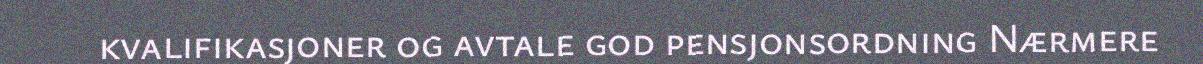
kvalifikasjoner og avtale god pensjonsordning Nærmere